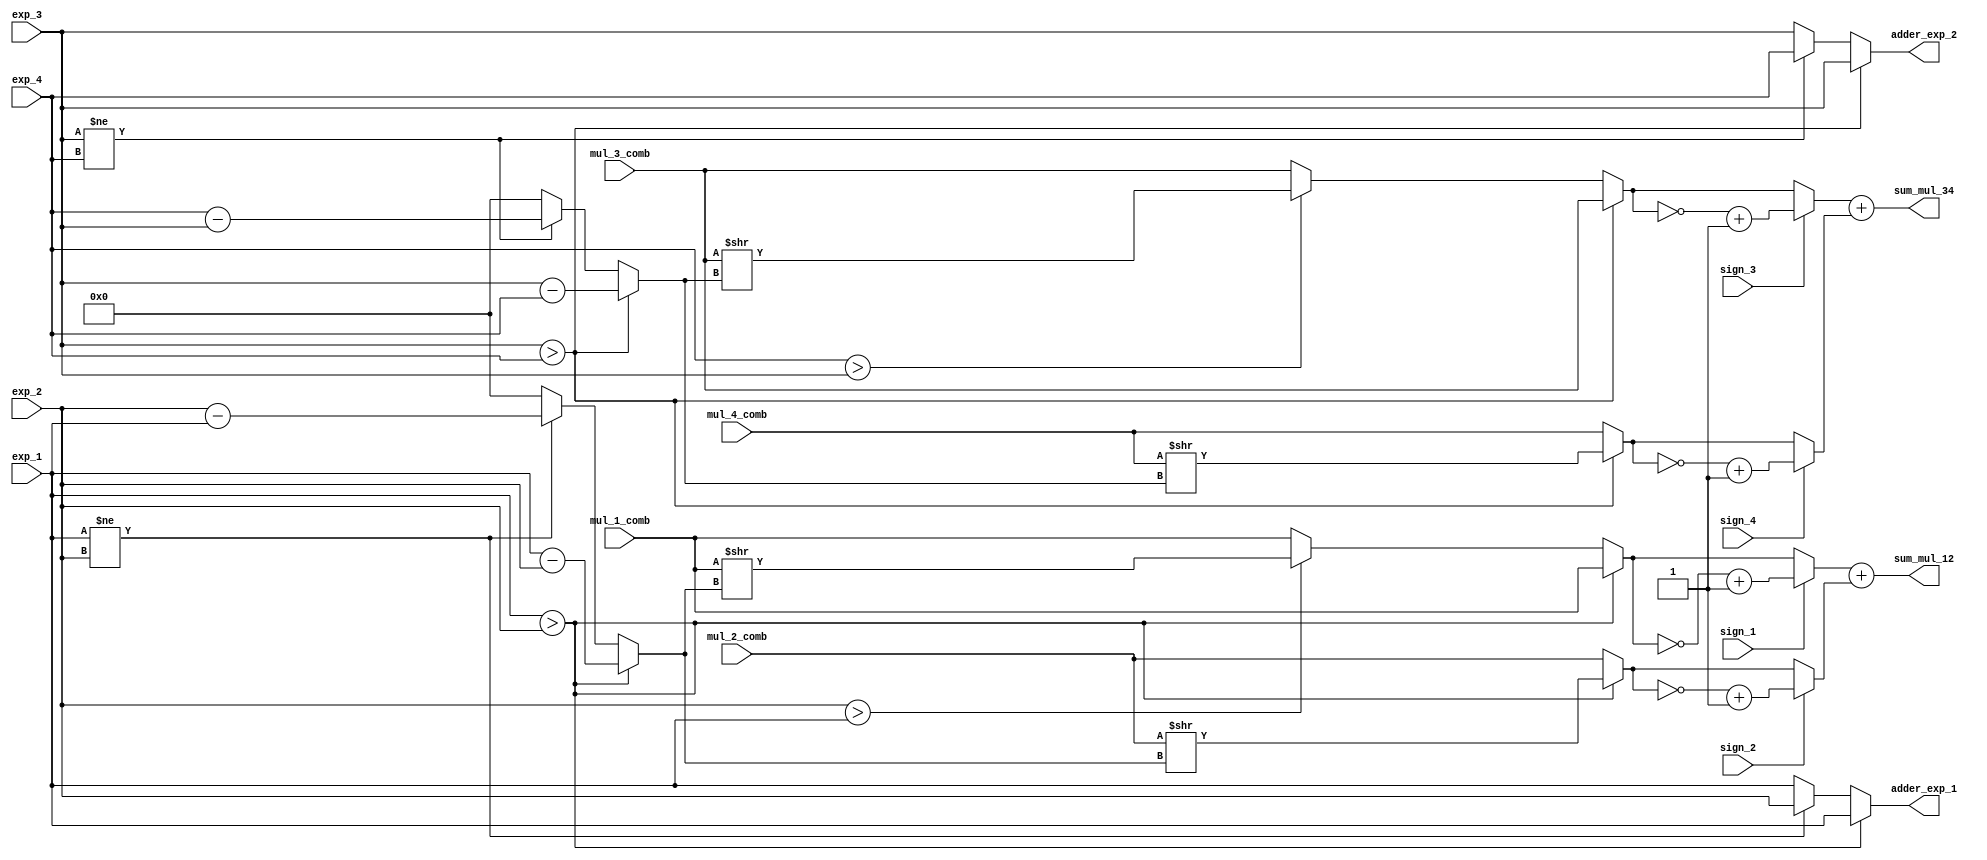
`timescale 1ns/1ns

module pipe_3 (
    output reg [7:0] adder_exp_1, adder_exp_2,
    output reg signed [51:0] sum_mul_12, sum_mul_34,
    input [7:0] exp_1, exp_2, exp_3, exp_4,
    input sign_1, sign_2, sign_3, sign_4,
    input [51:0]mul_1_comb, mul_2_comb, mul_3_comb, mul_4_comb
);

// ==================================DP Adder L1=========================================

// mul_1 and mul_2
// mul_3 and mul_4

// Alignment
reg [7:0] shift_num_1, shift_num_2;
// Find shift number to alignment
always @(*) begin
    // mul_1, mul_2
    shift_num_1 = (exp_1 > exp_2) ? exp_1 - exp_2 : (exp_1 != exp_2)? exp_2 - exp_1 : 0;
    // mul_3, mul_4
    shift_num_2 = (exp_3 > exp_4) ? exp_3 - exp_4 : (exp_3 != exp_4)? exp_4 - exp_3 : 0;
end 

// Select bigger exp to be EXP after adding two multiple number
always @(*) begin
    // mul_1, mul_2
    adder_exp_1 = (exp_1 > exp_2) ? exp_1 : (exp_1 != exp_2) ? exp_2 : exp_1;
    // mul_3, mul_4
    adder_exp_2 = (exp_3 > exp_4) ? exp_3 : (exp_3 != exp_4) ? exp_4 : exp_3;
end 

// Shift mantissa
reg [51:0] mul_1_comb_shift, mul_2_comb_shift, mul_3_comb_shift, mul_4_comb_shift;
// mul_1, mul_2
always @(*) begin
    if (exp_1 > exp_2) begin
        mul_1_comb_shift = mul_1_comb;
        mul_2_comb_shift = mul_2_comb >> shift_num_1 ;
    end
    else if (exp_2 > exp_1) begin 
        mul_1_comb_shift = mul_1_comb >> shift_num_1;
        mul_2_comb_shift = mul_2_comb;
    end
    else begin 
        mul_1_comb_shift = mul_1_comb;
        mul_2_comb_shift = mul_2_comb;
    end
end

// mul3, mul4
always @(*) begin
    if (exp_3 > exp_4) begin
        mul_3_comb_shift = mul_3_comb;
        mul_4_comb_shift = mul_4_comb >> shift_num_2 ;
    end
    else if (exp_4 > exp_3) begin 
        mul_3_comb_shift = mul_3_comb >> shift_num_2;
        mul_4_comb_shift = mul_4_comb;
    end
    else begin 
        mul_3_comb_shift = mul_3_comb;
        mul_4_comb_shift = mul_4_comb;
    end
end

// Select complement - use signed reg due to alignment of two result
reg [51:0]  mul_1_comb_twos, mul_2_comb_twos, mul_3_comb_twos, mul_4_comb_twos;

always @(*) begin 
    if (sign_1 == 1'b1) mul_1_comb_twos = ~mul_1_comb_shift + 1'b1;
    else mul_1_comb_twos = mul_1_comb_shift;

    if (sign_2 == 1'b1) mul_2_comb_twos = ~mul_2_comb_shift + 1'b1;
    else mul_2_comb_twos = mul_2_comb_shift;

    if (sign_3 == 1'b1) mul_3_comb_twos = ~mul_3_comb_shift + 1'b1;
    else mul_3_comb_twos = mul_3_comb_shift;

    if (sign_4 == 1'b1) mul_4_comb_twos = ~mul_4_comb_shift + 1'b1;
    else mul_4_comb_twos = mul_4_comb_shift;
end


// Level 1 adder, total level 2
// reg signed [51:0] sum_mul_12, sum_mul_34;

always @(*) begin
    sum_mul_12 = mul_1_comb_twos + mul_2_comb_twos;
    sum_mul_34 = mul_3_comb_twos + mul_4_comb_twos;
end

endmodule